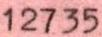
12735